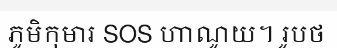
ភូមិកុមារ SOS ហាណូយ។ រូបថ